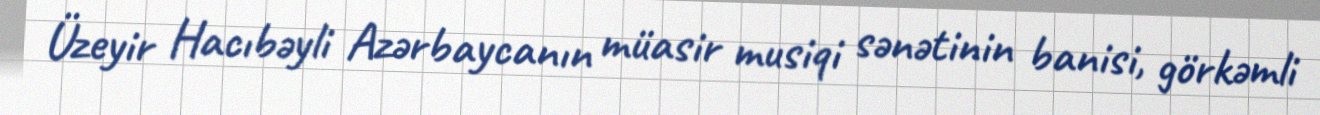
Üzeyir Hacıbəyli Azərbaycanın müasir musiqi sənətinin banisi, görkəmli